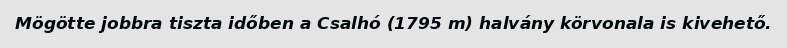
Mögötte jobbra tiszta időben a Csalhó (1795 m) halvány körvonala is kivehető.